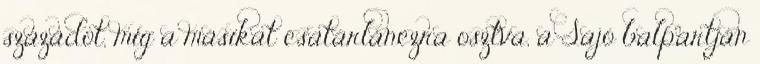
századot, míg a másikat csatárlánczra osztva, a Sajó balpartján